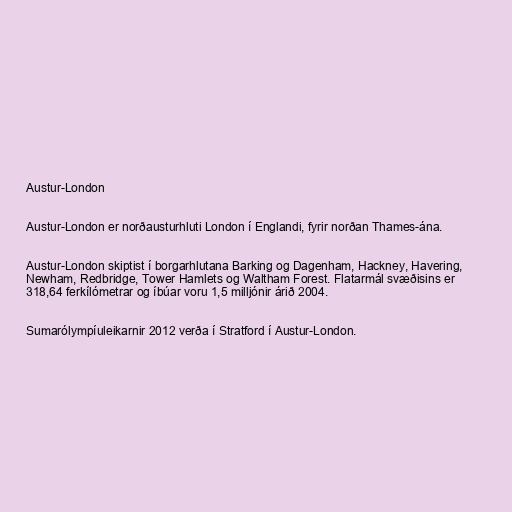
Austur-London

Austur-London er norðausturhluti London í Englandi, fyrir norðan Thames-ána.

Austur-London skiptist í borgarhlutana Barking og Dagenham, Hackney, Havering,
Newham, Redbridge, Tower Hamlets og Waltham Forest. Flatarmál svæðisins er
318,64 ferkílómetrar og íbúar voru 1,5 milljónir árið 2004.

Sumarólympíuleikarnir 2012 verða í Stratford í Austur-London.